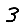
Digit: 3